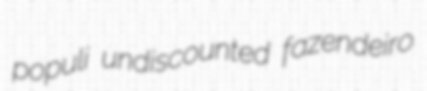
populi undiscounted fazendeiro